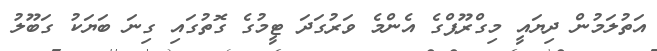
އަތުލަމުން ދިޔައީ މިގްރޫޕްގެ އެންމެ ވަރުގަދަ ޓީމުގެ ގޮތުގައި ގިނަ ބަޔަކު ގަބޫލު